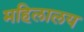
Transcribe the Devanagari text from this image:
महिलालय